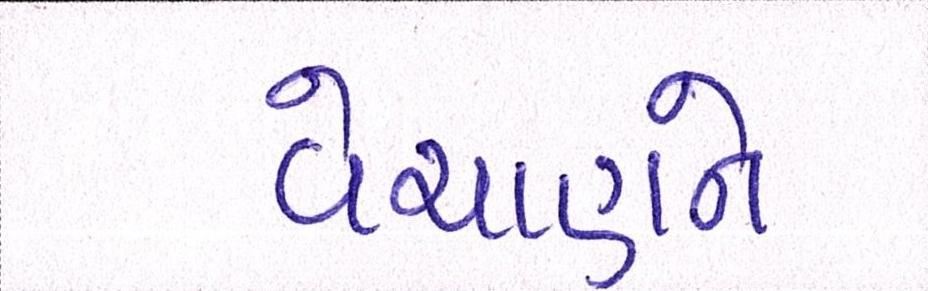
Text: વેચાણને